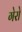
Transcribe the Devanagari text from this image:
गेरो